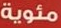
مئوية